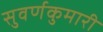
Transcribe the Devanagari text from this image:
सुवर्णकुमारी